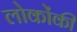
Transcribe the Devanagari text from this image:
लोकोंकी